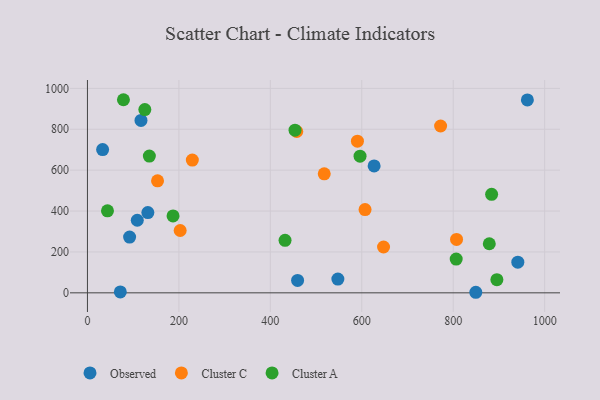
{"axis": {"x": "Engine Size", "y": "Sales"}, "legend": ["Cluster A", "Cluster C", "Observed"], "data": [{"x": "627.0", "y": 620.9, "type": "Observed"}, {"x": "92.2", "y": 272.8, "type": "Observed"}, {"x": "132.1", "y": 392.3, "type": "Observed"}, {"x": "109.0", "y": 355.1, "type": "Observed"}, {"x": "459.6", "y": 60.5, "type": "Observed"}, {"x": "941.3", "y": 150.1, "type": "Observed"}, {"x": "71.9", "y": 4.6, "type": "Observed"}, {"x": "33.2", "y": 700.9, "type": "Observed"}, {"x": "547.7", "y": 67.3, "type": "Observed"}, {"x": "962.2", "y": 943.5, "type": "Observed"}, {"x": "117.1", "y": 843.4, "type": "Observed"}, {"x": "849.4", "y": 2.7, "type": "Observed"}, {"x": "647.6", "y": 224.2, "type": "Cluster C"}, {"x": "590.5", "y": 742.0, "type": "Cluster C"}, {"x": "153.3", "y": 547.6, "type": "Cluster C"}, {"x": "772.4", "y": 815.9, "type": "Cluster C"}, {"x": "807.3", "y": 261.1, "type": "Cluster C"}, {"x": "457.8", "y": 789.2, "type": "Cluster C"}, {"x": "607.2", "y": 407.0, "type": "Cluster C"}, {"x": "202.8", "y": 304.9, "type": "Cluster C"}, {"x": "517.9", "y": 581.9, "type": "Cluster C"}, {"x": "229.4", "y": 649.2, "type": "Cluster C"}, {"x": "895.5", "y": 64.5, "type": "Cluster A"}, {"x": "806.5", "y": 165.3, "type": "Cluster A"}, {"x": "187.2", "y": 376.1, "type": "Cluster A"}, {"x": "125.5", "y": 896.2, "type": "Cluster A"}, {"x": "43.8", "y": 400.9, "type": "Cluster A"}, {"x": "78.7", "y": 944.5, "type": "Cluster A"}, {"x": "878.9", "y": 240.1, "type": "Cluster A"}, {"x": "135.4", "y": 669.1, "type": "Cluster A"}, {"x": "884.0", "y": 482.0, "type": "Cluster A"}, {"x": "596.2", "y": 668.5, "type": "Cluster A"}, {"x": "432.2", "y": 256.7, "type": "Cluster A"}, {"x": "454.0", "y": 795.6, "type": "Cluster A"}]}